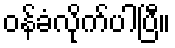
ဝန်ခံလိုက်ပါပြီ။